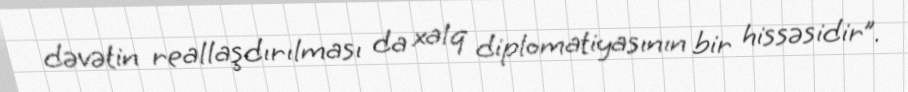
dəvətin reallaşdırılması da xalq diplomatiyasının bir hissəsidir”.